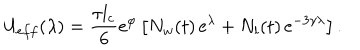
U _ { e f f } ( \lambda ) = \frac { \tau l _ { c } } { 6 } \mathrm { e } ^ { \varphi } \left[ N _ { w } ( t ) \, \mathrm { e } ^ { \lambda } + N _ { l } ( t ) \, \mathrm { e } ^ { - 3 \gamma \lambda } \right] .